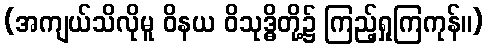
(အကျယ်သိလိုမူ ဝိနယ ဝိသုဒ္ဓိတို့၌ ကြည့်ရှုကြကုန်။)